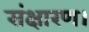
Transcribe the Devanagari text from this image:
संक्षारण।